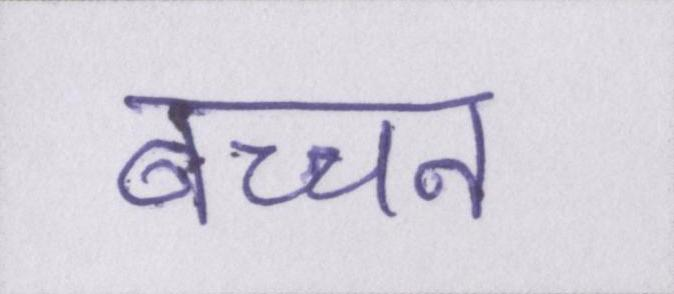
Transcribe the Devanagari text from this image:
बच्चन